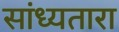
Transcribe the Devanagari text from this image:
सांध्यतारा